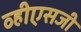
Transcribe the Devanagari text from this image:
व्हीएसजी